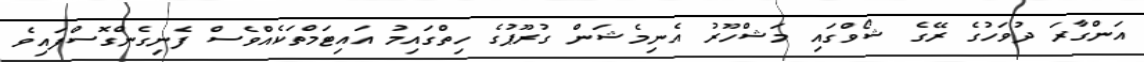
އަންގާރަ ދުވަހުގެ ރޭގެ ޝޯވްގައި މަޝްހޫރު އެނިމެޝަން ގުރޫޕުގެ ހިތްގައިމު އައިޓަމްތަކެއްވެސް ފެނިގެންގޮސްފައިވެ